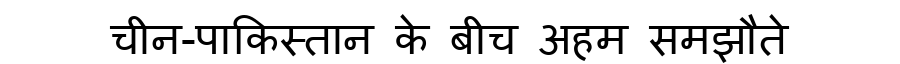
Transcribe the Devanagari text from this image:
चीन-पाकिस्तान के बीच अहम समझौते